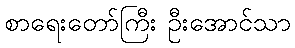
စာရေးတော်ကြီး ဦးအောင်သာ